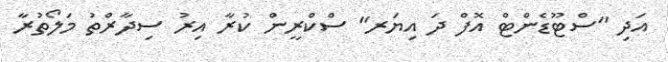
އަދި "ސްޓޫޑެންޓް އޮފް ދަ އިޔަރ" ސްކްރީން ކުރާ އިރު ސިދާރްތު މަލޯތުރާ